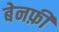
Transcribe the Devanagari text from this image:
बेनफ़ी